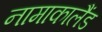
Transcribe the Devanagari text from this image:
नामाकालैंड